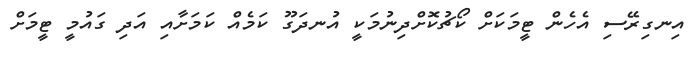
އިނގިރޭސި އެހެން ޓީމަކަށް ކޯޗުކޮށްދިނުމަކީ އުނދަގޫ ކަމެއް ކަމަށާއި އަދި ގައުމީ ޓީމަށް